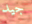
جيد